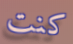
كنت